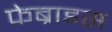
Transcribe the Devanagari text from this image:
फेब्राइस